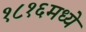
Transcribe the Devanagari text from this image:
१८१६मध्ये